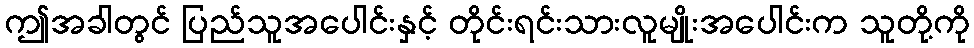
ဤအခါတွင် ပြည်သူအပေါင်းနှင့် တိုင်းရင်းသားလူမျိုးအပေါင်းက သူတို့ကို